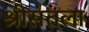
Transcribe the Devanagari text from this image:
श्रीसंतला